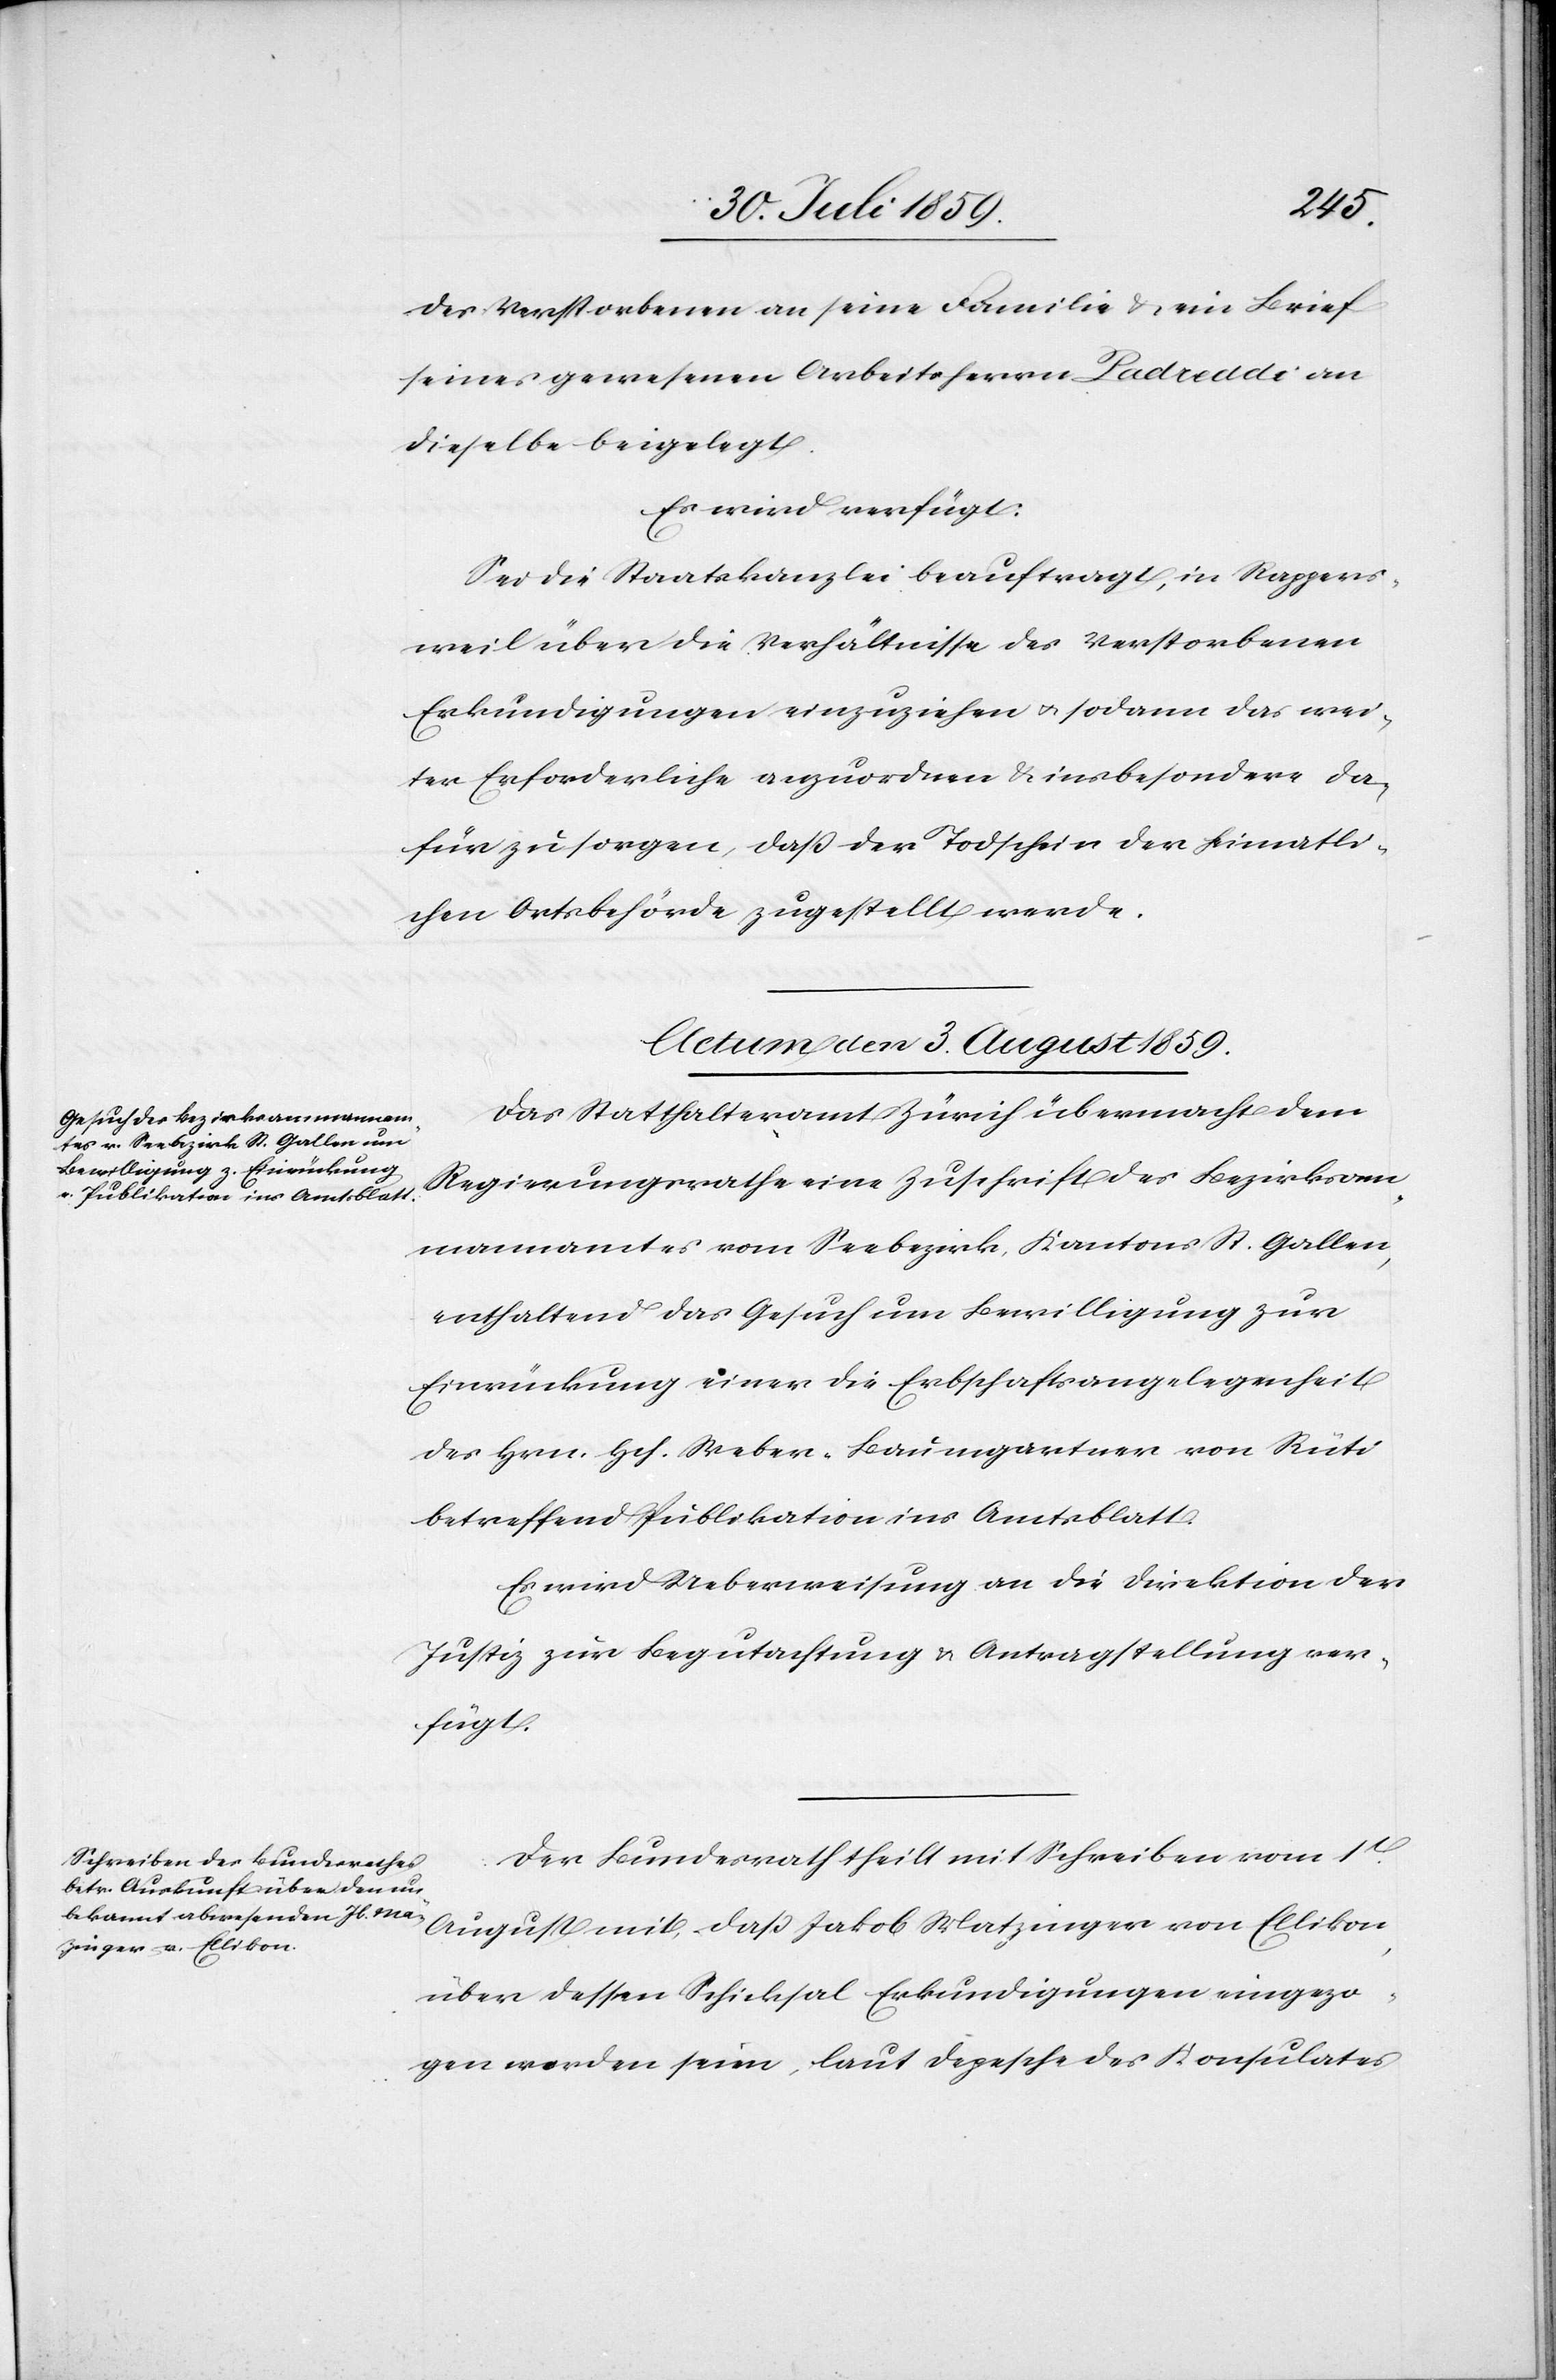
des Verstorbenen an seine Familie u. ein Brief
seines gewesenen Arbeitsherrn Padreddi an
dieselbe beigelegt.
Es wird verfügt:
Sei die Staatskanzlei beauftragt, in Rappers¬
weil über die Verhältnisse des Verstorbenen
Erkundigungen einzuziehen u. sodann das wei¬
ter Erforderliche anzuordnen u. insbesondere da¬
für zu sorgen, daß der Todschein der heimatli¬
chen Ortsbehörde zugestellt werde.
Actum den 3. August 1859.]
Das Statthalteramt Zürich übermacht dem
Regierungsrathe eine Zuschrift des Bezirksam¬
mannamtes vom Seebezirk, Kantons St. Gallen,
enthaltend das Gesuch um Bewilligung zur
Einrückung einer die Erbschaftsangelegenheit
des Hrn. Hch. Weber-Baumgartner von Rüti
betreffend Publikation ins Amtsblatt.
Es wird Ueberweisung an die Direktion der
Justiz zur Begutachtung u. Antragstellung ver¬
fügt.
Der Bundesrath theilt mit Schreiben vom 1t[en].
August mit, daß Jakob Matzinger [sic!] von Ellikon
über dessen Schicksal Erkundigungen eingezo¬
gen worden seien, laut Depesche des Konsulates